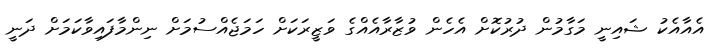
އެއާއެކު ޝައިނީ މަގާމުން ދުރުުކޮށް އެހެން ވުޒާރާއެއްގެ ވަޒީރަކަށް ހަމަޖެއްސުމަށް ނިންމާފައިވާކަމަށް ދަނީ